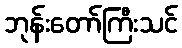
ဘုန်းတော်ကြီးသင်